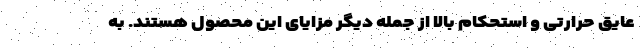
عایق حرارتی و استحکام بالا از جمله دیگر مزایای این محصول هستند. به